Annual report on the working of the lock hospitals in the Central Provinces
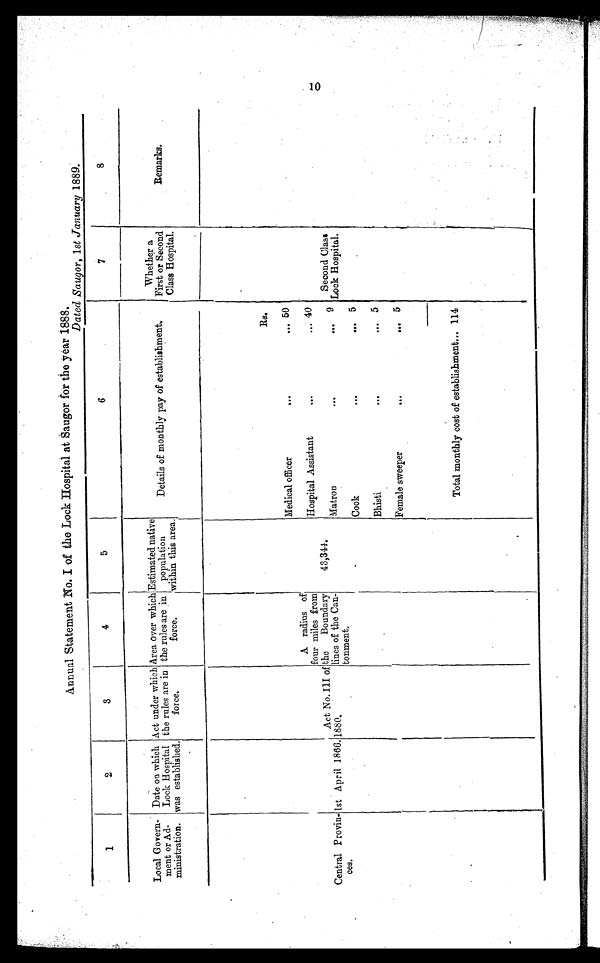
Amnual Statement No. I of the Lock Hospital at S augor for the year 1888.
Dated saugor, 1st January 1889.
1
2
3
4
5
6
...
Local Govern-
ment or Ad-
ministration.
Date on which
Lock Hospital
was established,
Act under which
the rules are in
force.
Area over which
the rules are in
force.
Estimated native
population
within this area.
Details of monthly pay of establishment.
Whether a
I First or Second
Class Hospital.
.
Remarks.
.
Rs.
Medical off icer
...
... 50
Central Proviu-
ces.
1st April 1866.1880.
Act No. HI of
A radius of
four miles from
the
Boundary
lines of the Can-
torment.
43,344.
.
Hospital Assistant
...
... 40
Matron
...
9
Second Class
Lock Hospital,
Cook
...
... 5
Bhisti
.
.
. 0 . 4
5
Female sweeper
Ilt.
inte
5
. ,
Total monthly cost of establishment... 114